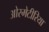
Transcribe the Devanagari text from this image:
ओस्मेटीरिया